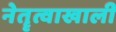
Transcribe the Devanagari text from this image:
नेतॄत्वाखाली